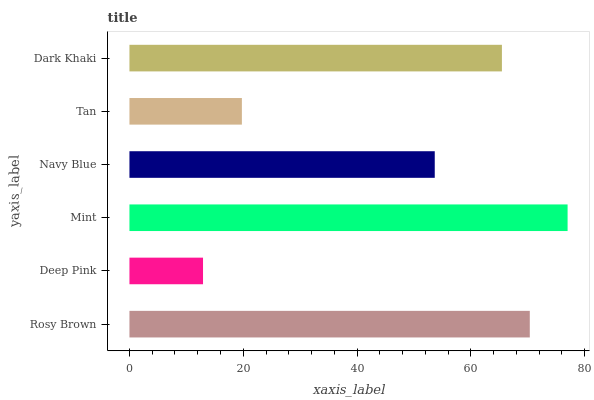
| yaxis_label | bars |
 | --- | --- |
 | Rosy Brown | 70.3 |
 | Deep Pink | 12.9 |
 | Mint | 77 |
 | Navy Blue | 53.6 |
 | Tan | 19.8 |
 | Dark Khaki | 65.4 |